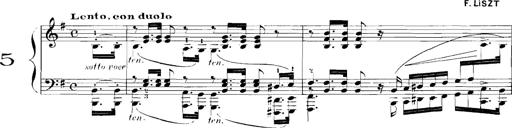
Title: Rhapsodies hongroises
Composer: Franz Liszt